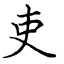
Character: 吏